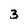
Character: 3